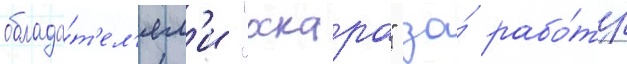
облада́т'ел'ям'и "оскара" за́ рабо́ту